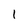
Character: 1